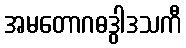
အမတောဂဓဒွါဒသကီ